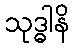
သုဒ္ဓါနိ